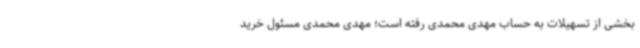
بخشی از تسهیلات به حساب مهدی محمدی رفته است؛ مهدی محمدی مسئول خرید